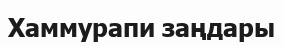
Хаммурапи заңдары